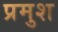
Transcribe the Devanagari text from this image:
प्रमुश